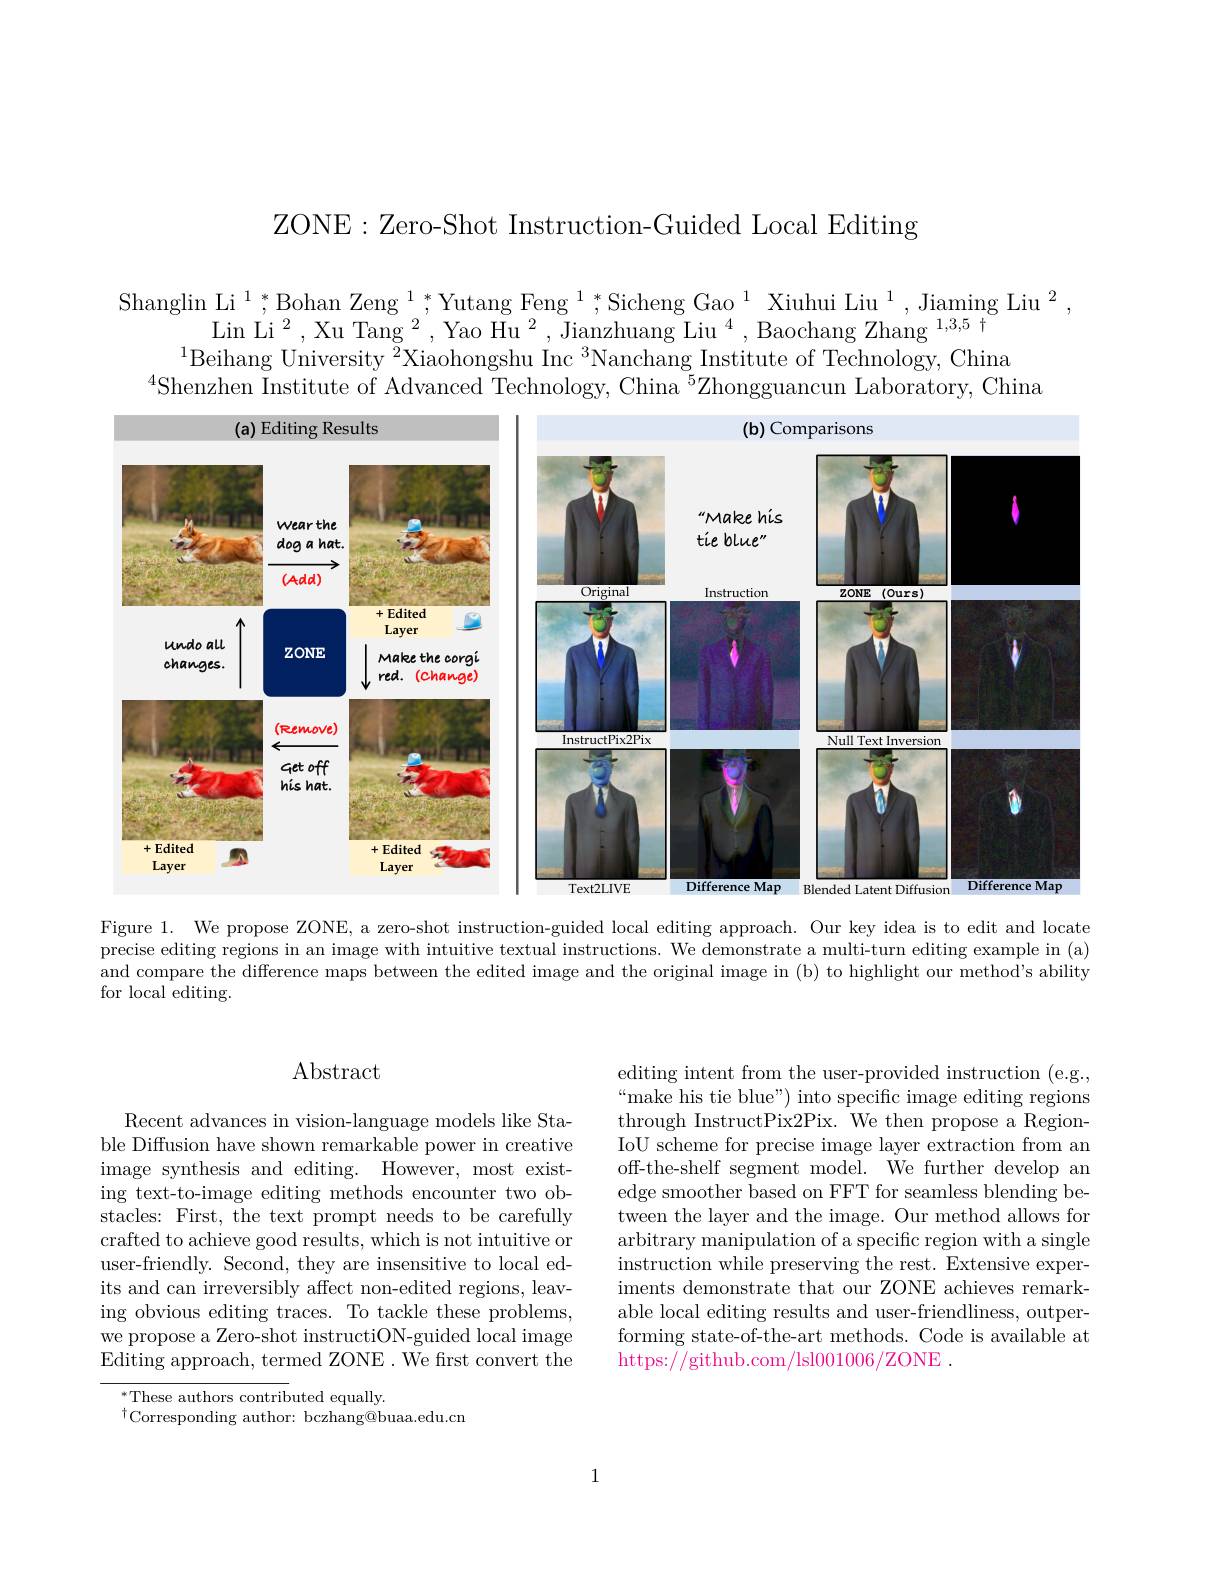
ZONE: Zero-Shot Instruction-Guided Local Editing

Shanglin Li $^1,^*$Bohan Zeng $^1,^*$Yutang Feng $^1,^*$Sicheng Gao$^1$ Xiuhui Liu$^1,\text{Jiaming Liu}^2$
$\mathrm{Lin~Li~}^{2}$,Xu Tang$^2$,Yao Hu$^2$,Jianzhuang Liu$^4$,Baochang Zhang$^1,3,5+$
$^{1}$Beihang University $^{\bar{2}}$Xiaohongshu Inc $^3$Nanchang Institute of Technology, China
$^{4}$Shenzhen Institute of Advanced Technology, China $^{5}$Zhongguancun Laboratory, China

<FigureHere>
Figure 1. We propose ZONE, a zero-shot instruction-guided local editing approach. Our key idea is to edit and locate

precise editing regions in an image with intuitive textual instructions. We demonstrate a multi-turn editing example in (a) and compare the difference maps between the edited image and the original image in (b) to highlight our method's ability for local editing.

## Abstract

Recent advances in vision-language models like Stable Diffusion have shown remarkable power in creative image synthesis and editing. However, most existing text-to-image editing methods encounter two obstacles: First, the text prompt needs to be carefully crafted to achieve good results, which is not intuitive or user-friendly. Second, they are insensitive to local edits and can irreversibly affect non-edited regions, leaving obvious editing traces. To tackle these problems, we propose a Zero-shot instructiON-guided local image Editing approach, termed ZONE. We first convert the

$^{*}$These authors contributed equally.
$^{\dagger}$Corresponding author: bczhang@buaa.edu.cn

editing intent from the user-provided instruction (e.g., “make his tie blue") into specific image editing regions through InstructPix2Pix. We then propose a RegionIoU scheme for precise image layer extraction from an off-the-shelf segment model. We further develop an edge smoother based on FFT for seamless blending between the layer and the image. Our method allows for arbitrary manipulation of a specific region with a single instruction while preserving the rest. Extensive experiments demonstrate that our ZONE achieves remarkable local editing results and user-friendliness, outperforming state-of-the-art methods. Code is available at https://github.com/lsl001006/ZONE .

1